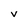
Character: v